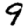
Digit: 9